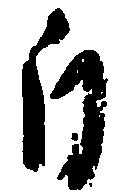
自